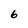
Character: 6